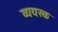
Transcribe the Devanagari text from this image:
व्ययस्क